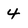
Character: 4